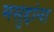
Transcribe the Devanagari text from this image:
मसुद्दांना